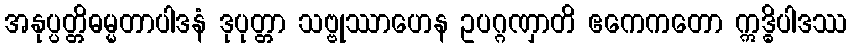
အနုပ္ပတ္တိဓမ္မတာပါဒနံ ဒုပုတ္တာ သဗ္ဗုဿာဟေန ဥပဂ္ဂဏှာတိ ဧကေကတော ဣဒ္ဓိပါဒဿ